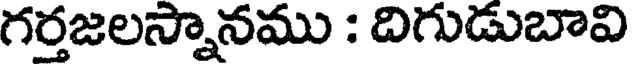
గర్తజలస్నానము : దిగుడుబావి